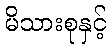
မိသားစုနှင့်